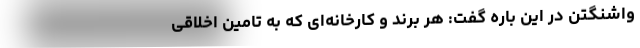
واشنگتن در این باره گفت: هر برند و کارخانه‌ای که به تامین اخلاقی